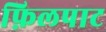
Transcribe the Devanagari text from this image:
फ़िलपाट